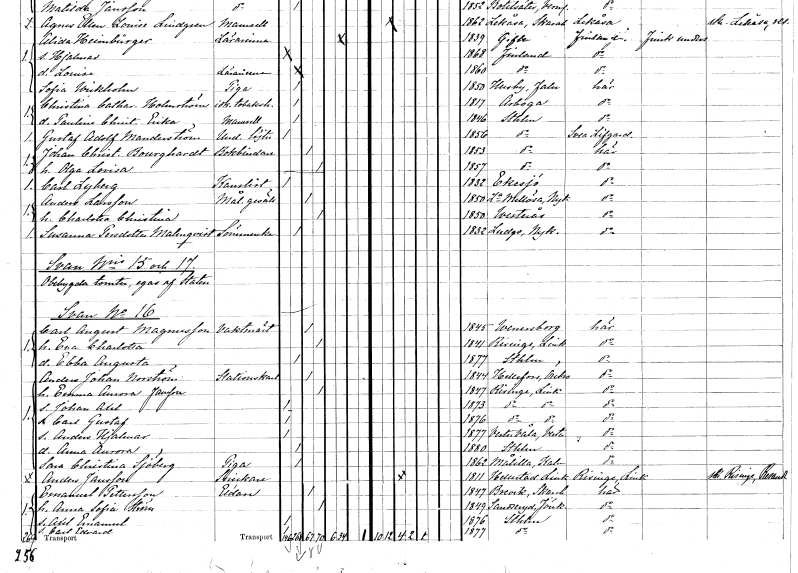
gt_parse: households: individuals: FN: Johan Christian
EN: Bourghardt
YRKE: Bokbindare
KON: M
CIV: G
FODAR: 1853
FODFORS: Stockholm
FN: Olga Lovisa
KON: K
CIV: G
FODAR: 1857
FODFORS: Stockholm
FN: Carl
EN: Lyberg
YRKE: Kanslist
KON: M
CIV: O
FODAR: 1832
FODFORS: Eksjö Jönköpings län
FN: Anders
EN: Larsson
YRKE: Målaregesäll
KON: M
CIV: G
FODAR: 1850
FODFORS: Lilla Mellösa Södermanlands län
FN: Charlotta Christina
KON: K
CIV: G
FODAR: 1850
FODFORS: Västerås Västmanlands län
FN: Susanna
EN: Persdotter Malmqvist
YRKE: Sömmerska
KON: K
CIV: O
FODAR: 1832
FODFORS: Ludgo Södermanlands län
FN: Carl August
EN: Magnusson
YRKE: Vaktmästare
KON: M
CIV: G
FODAR: 1845
FODFORS: Vänersborg Älvsborgs län
FN: Eva Charlotta
KON: K
CIV: G
FODAR: 1841
FODFORS: Risinge Östergötlands län
FN: Ebba Augusta
KON: K
CIV: O
FODAR: 1877
FODFORS: Stockholm
FN: Anders Johan
EN: Norström
YRKE: Stationskarl
KON: M
CIV: G
FODAR: 1844
FODFORS: Hällefors Örebro län
FN: Emma Aurora
EN: Jansson
KON: K
CIV: G
FODAR: 1847
FODFORS: Risinge Östergötlands län
FN: Johan Axel
KON: M
CIV: O
FODAR: 1873
FODFORS: Risinge Östergötlands län
FN: Carl Gustaf
KON: M
CIV: O
FODAR: 1876
FODFORS: Risinge Östergötlands län
FN: Anders Hjalmar
KON: M
CIV: O
FODAR: 1877
FODFORS: Västervåla Västmanlands län
FN: Anna Aurora
KON: K
CIV: O
FODAR: 1880
FODFORS: Stockholm
FN: Sara Christina
EN: Sjöberg
YRKE: Piga
KON: K
CIV: O
FODAR: 1862
FODFORS: Målilla med Gårdveda Kalmar län
FN: Anders
EN: Jansson
YRKE: Snickare
KON: M
CIV: G
FODAR: 1811
FODFORS: Hällestad Östergötlands län
FN: Emanuel
EN: Pettersson
YRKE: Eldare
KON: M
CIV: G
FODAR: 1847
FODFORS: Brevik Skaraborgs län
FN: Anna Sofia
EN: Ström
KON: K
CIV: G
FODAR: 1849
FODFORS: Sandseryd Jönköpings län
FN: Axel Emanuel
KON: M
CIV: O
FODAR: 1876
FODFORS: Stockholm
FN: Carl Edvard
KON: M
CIV: O
FODAR: 1877
FODFORS: Stockholm